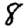
Digit: 8